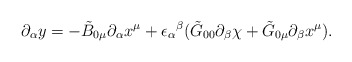
\begin{align*}\partial_\alpha y = -\tilde{B}_{0 \mu} \partial_\alpha x^\mu + {\epsilon_\alpha}^\beta (\tilde{G}_{00} \partial_\beta \chi + \tilde{G}_{0 \mu} \partial_\beta x^\mu).\end{align*}